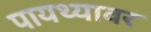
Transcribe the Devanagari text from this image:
पायथ्यावर